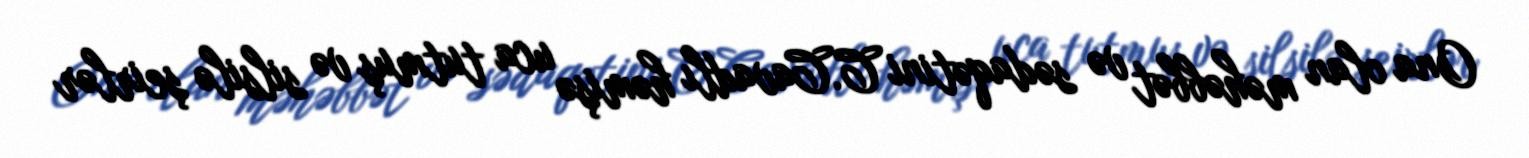
Ona olan məhəbbət və sədaqətini C.Cavadlı həmişə uca tutmuş və silsilə şeirlər